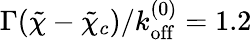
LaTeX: \Gamma(\tilde{\chi}-\tilde{\chi}_{c})/k_{\mathrm{off}}^{(0)}=1.2